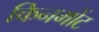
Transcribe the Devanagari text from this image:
किनमोंट